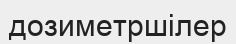
дозиметршілер